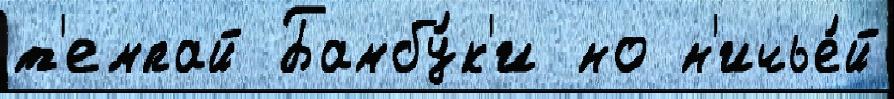
т'емпай Бамбу́к'и но н'ичье́й